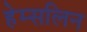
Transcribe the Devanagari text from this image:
हेम्सलिन